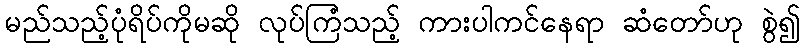
မည်သည့်ပုံရိပ်ကိုမဆို လုပ်ကြံသည့် ကားပါကင်နေရာ ဆံတော်ဟု စွဲ၍